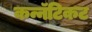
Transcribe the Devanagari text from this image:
कन्नॅटिकट